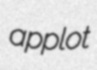
applot